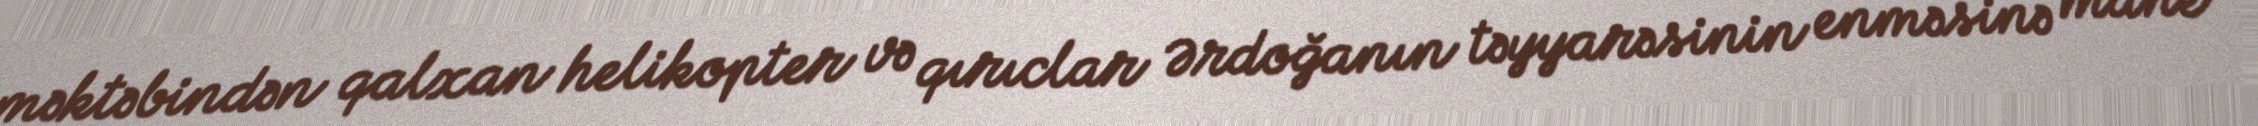
məktəbindən qalxan helikopter və qırıclar Ərdoğanın təyyarəsinin enməsinə mane